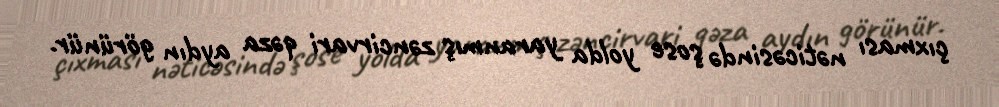
çıxması nəticəsində şose yolda yaranmış zəncirvari qəza aydın görünür.